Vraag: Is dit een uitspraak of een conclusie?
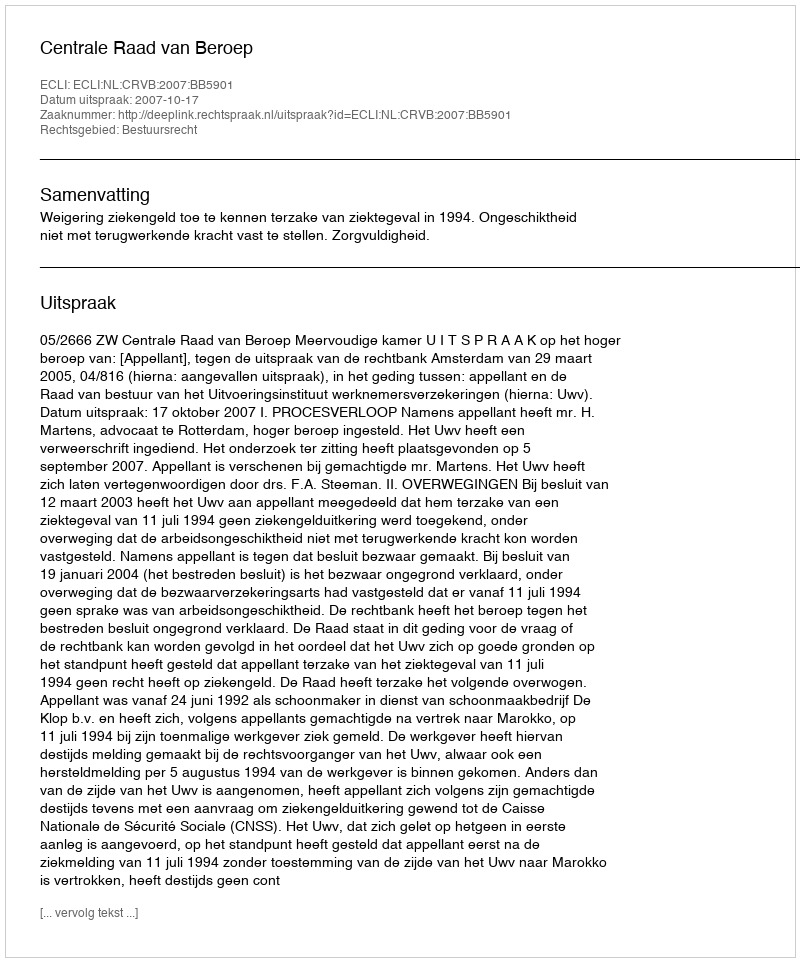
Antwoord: Uitspraak